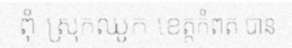
ពុំ ស្រុកឈូក ខេត្តកំពត បាន